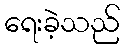
ရေးခဲ့သည်